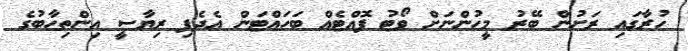
ހުރާގައި ރަށުން ބޭރު މީހުންނަށް ވޯޓު ފޮއްޓެއް ބަހައްޓަން އެދެފި ރިޔާސީ އިންތިހާބުގެ